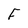
Character: F